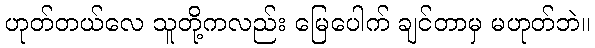
ဟုတ်တယ်လေ သူတို့ကလည်း မြေပေါက် ချင်တာမှ မဟုတ်ဘဲ။